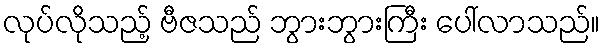
လုပ်လိုသည့် ဗီဇသည် ဘွားဘွားကြီး ပေါ်လာသည်။